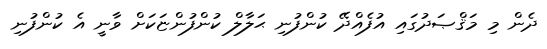
ދެން މި މަޤްޞަދުގައި އުފެއްދޭ ކުންފުނި ޙަލާލް ކުންފުންޏަކަށް ވާނީ އެ ކުންފުނި